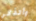
وأتذكر